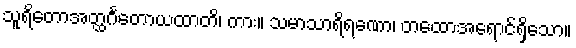
သူရိတောအတ္ထင်္ဂတောယထာတိ၊ ကား။ သမာသာရိရဏော၊ တထောအရောင်ရှိသော။